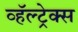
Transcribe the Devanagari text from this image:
व्हॅल्ट्रेक्स